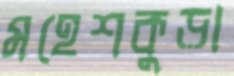
মহেশকুড়া